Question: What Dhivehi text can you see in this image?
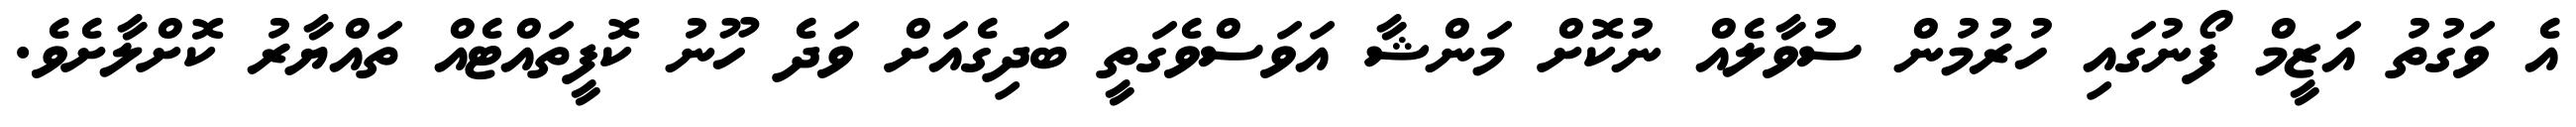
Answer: އެ ވަގުތު އަޒީމް ފޯނުގައި ހުރުމުން ސުވާލެއް ނުކޮށް މަންޝާ އަވަސްވެގަތީ ބަދިގެއަށް ވަދެ ހޫނު ކޮފީތައްޓެއް ތައްޔާރު ކޮށްލާށެވެ.